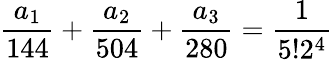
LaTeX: \frac{a_{1}}{144}+\frac{a_{2}}{504}+\frac{a_{3}}{280}=\frac{1}{5!2^{4}}